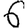
Digit: 6